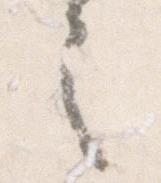
之